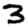
Digit: 3